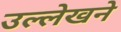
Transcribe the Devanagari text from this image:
उल्लेखने